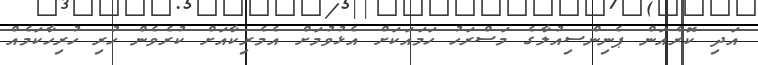
އަދި ކޮރެއަން ޕެނިންސިއުލާގެ މަސްރަހު ހަމައަކަށް އެޅުވުމަށް އެމެރިކާއަށް ކުރެވެން ހުރި ހުރިހާކަމެއް